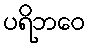
ပရိဘဝေ